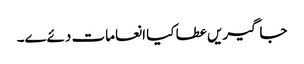
جاگیریں عطا کیا انعامات دئےے۔